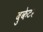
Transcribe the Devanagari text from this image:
बुकेटर